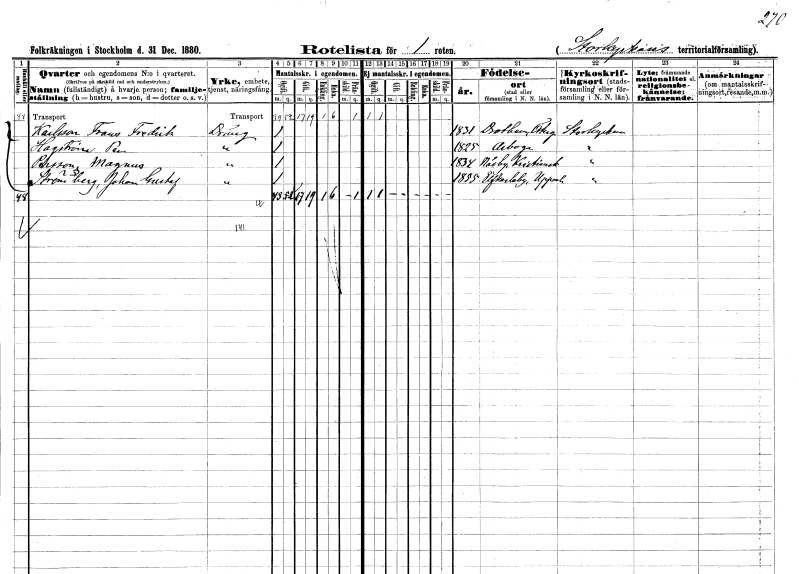
gt_parse: households: individuals: FN: Frans Fredrik
EN: Karlsson
YRKE: Dräng
KON: M
CIV: O
FODAR: 1831
FODFORS: Drothem Östergötlands län
FN: Per
EN: Hagström
YRKE: Dräng
KON: M
CIV: O
FODAR: 1825
FODFORS: Arboga Västmanlands län
FN: Magnus
EN: Persson
YRKE: Dräng
KON: M
CIV: O
FODAR: 1834
FODFORS: Nosaby Kristianstads län
FN: Johan Gustaf
EN: Strömberg
YRKE: Dräng
KON: M
CIV: O
FODAR: 1855
FODFORS: Älvkarleby Uppsala län